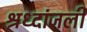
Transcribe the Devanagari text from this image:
श्रध्दांजली